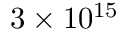
3 \times 1 0 ^ { 1 5 }